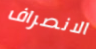
الانصراف